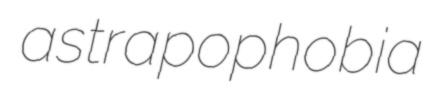
astrapophobia